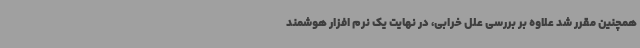
همچنین مقرر شد علاوه بر بررسی علل خرابی، در نهایت یک نرم افزار هوشمند